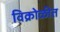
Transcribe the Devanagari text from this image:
विक्रोळीत